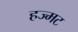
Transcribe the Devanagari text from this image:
हज्मट